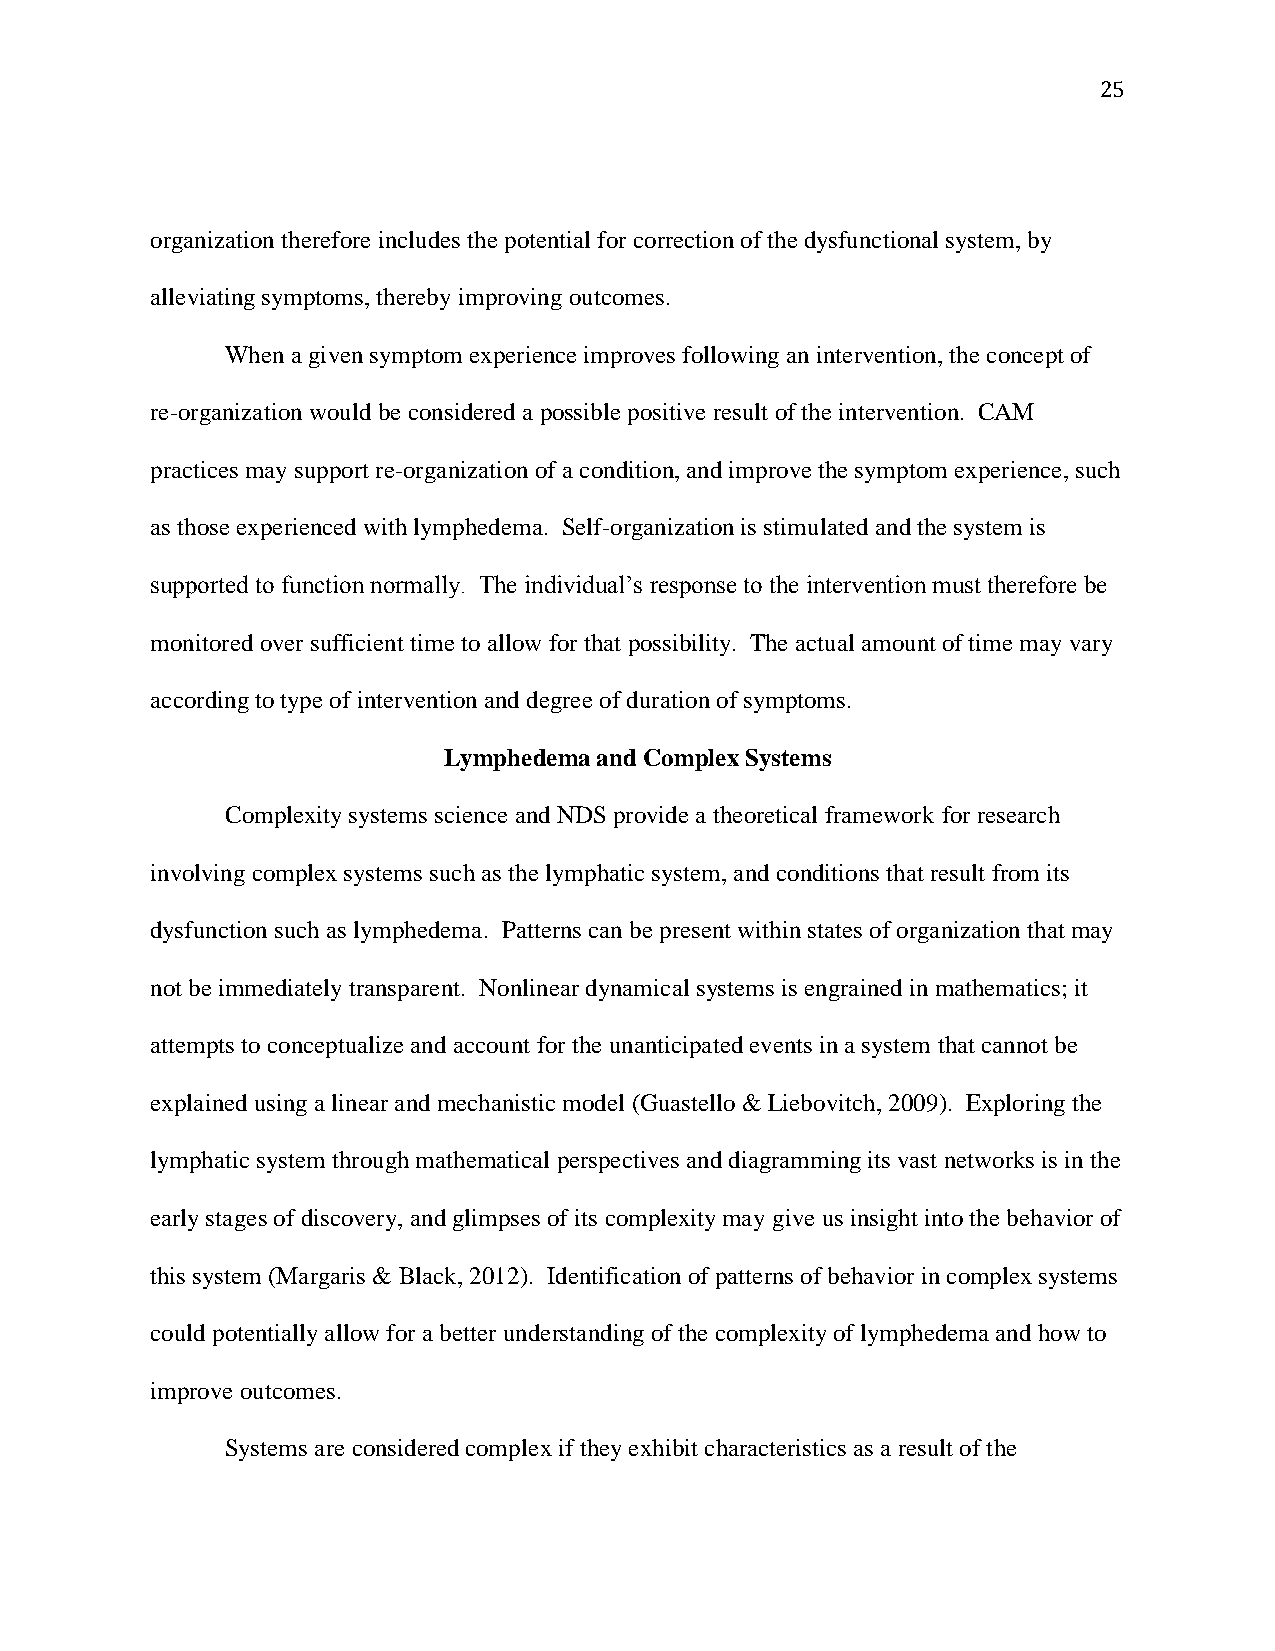
25
 organization therefore includes the potential for correction of the dysfunctional system, by
 alleviating symptoms, thereby improving outcomes.
 When a given symptom experience improves following an intervention, the concept of
 re-organization would be considered a possible positive result of the intervention. CAM
 practices may support re-organization of a condition, and improve the symptom experience, such
 as those experienced with lymphedema. Self-organization is stimulated and the system is
 supported to function normally. The individual’s response to the intervention must therefore be
 monitored over sufficient time to allow for that possibility. The actual amount of time may vary
 according to type of intervention and degree of duration of symptoms.
 Lymphedema and Complex Systems
 Complexity systems science and NDS provide a theoretical framework for research
 involving complex systems such as the lymphatic system, and conditions that result from its
 dysfunction such as lymphedema. Patterns can be present within states of organization that may
 not be immediately transparent. Nonlinear dynamical systems is engrained in mathematics; it
 attempts to conceptualize and account for the unanticipated events in a system that cannot be
 explained using a linear and mechanistic model (Guastello & Liebovitch, 2009). Exploring the
 lymphatic system through mathematical perspectives and diagramming its vast networks is in the
 early stages of discovery, and glimpses of its complexity may give us insight into the behavior of
 this system (Margaris & Black, 2012). Identification of patterns of behavior in complex systems
 could potentially allow for a better understanding of the complexity of lymphedema and how to
 improve outcomes.
 Systems are considered complex if they exhibit characteristics as a result of the